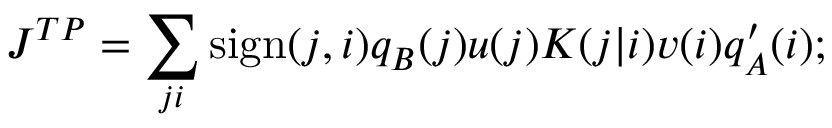
J ^ { T P } = \sum _ { j i } \mathrm { s i g n } ( j , i ) q _ { B } ( j ) u ( j ) K ( j | i ) v ( i ) q _ { A } ^ { \prime } ( i ) ;